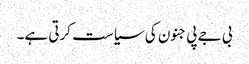
بی جے پی جنون کی سیاست کرتی ہے۔